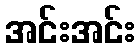
အင်းအင်း